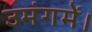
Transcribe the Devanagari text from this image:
उमंगमें।